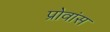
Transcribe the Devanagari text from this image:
प्रोवांस